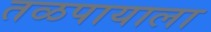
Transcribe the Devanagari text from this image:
तळपायाला